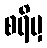
စရိမှ